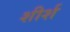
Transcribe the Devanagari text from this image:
शीर्श